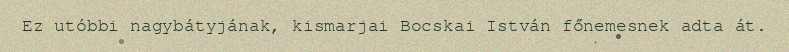
Ez utóbbi nagybátyjának, kismarjai Bocskai István főnemesnek adta át.